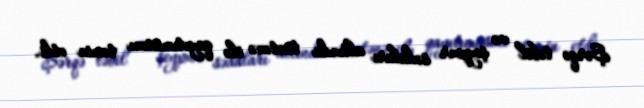
Şərqə təbil və şeypur sədaları altında təntənə ilə qayıtımasını təmin etdi.